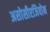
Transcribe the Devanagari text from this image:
असोसीएजियोन